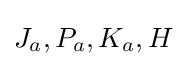
J_{a},P_{a},K_{a},H